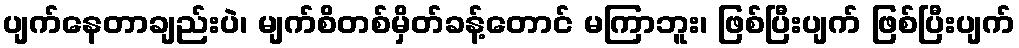
ပျက်နေတာချည်းပဲ၊ မျက်စိတစ်မှိတ်ခန့်တောင် မကြာဘူး၊ ဖြစ်ပြီးပျက် ဖြစ်ပြီးပျက်